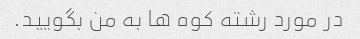
در مورد رشته کوه ها به من بگویید.